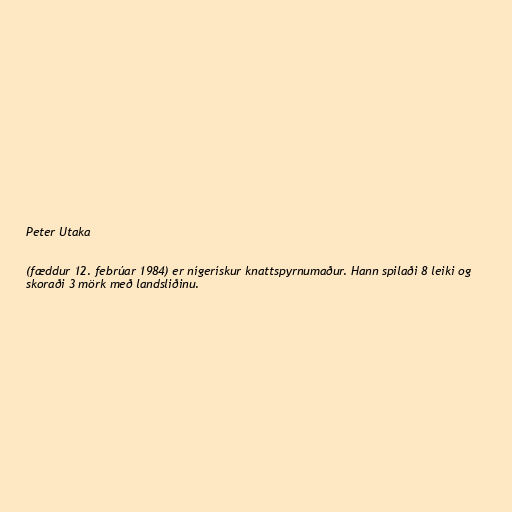
Peter Utaka

(fæddur 12. febrúar 1984) er nígerískur knattspyrnumaður. Hann spilaði 8 leiki og
skoraði 3 mörk með landsliðinu.